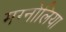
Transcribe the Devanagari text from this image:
मग्नोलिया